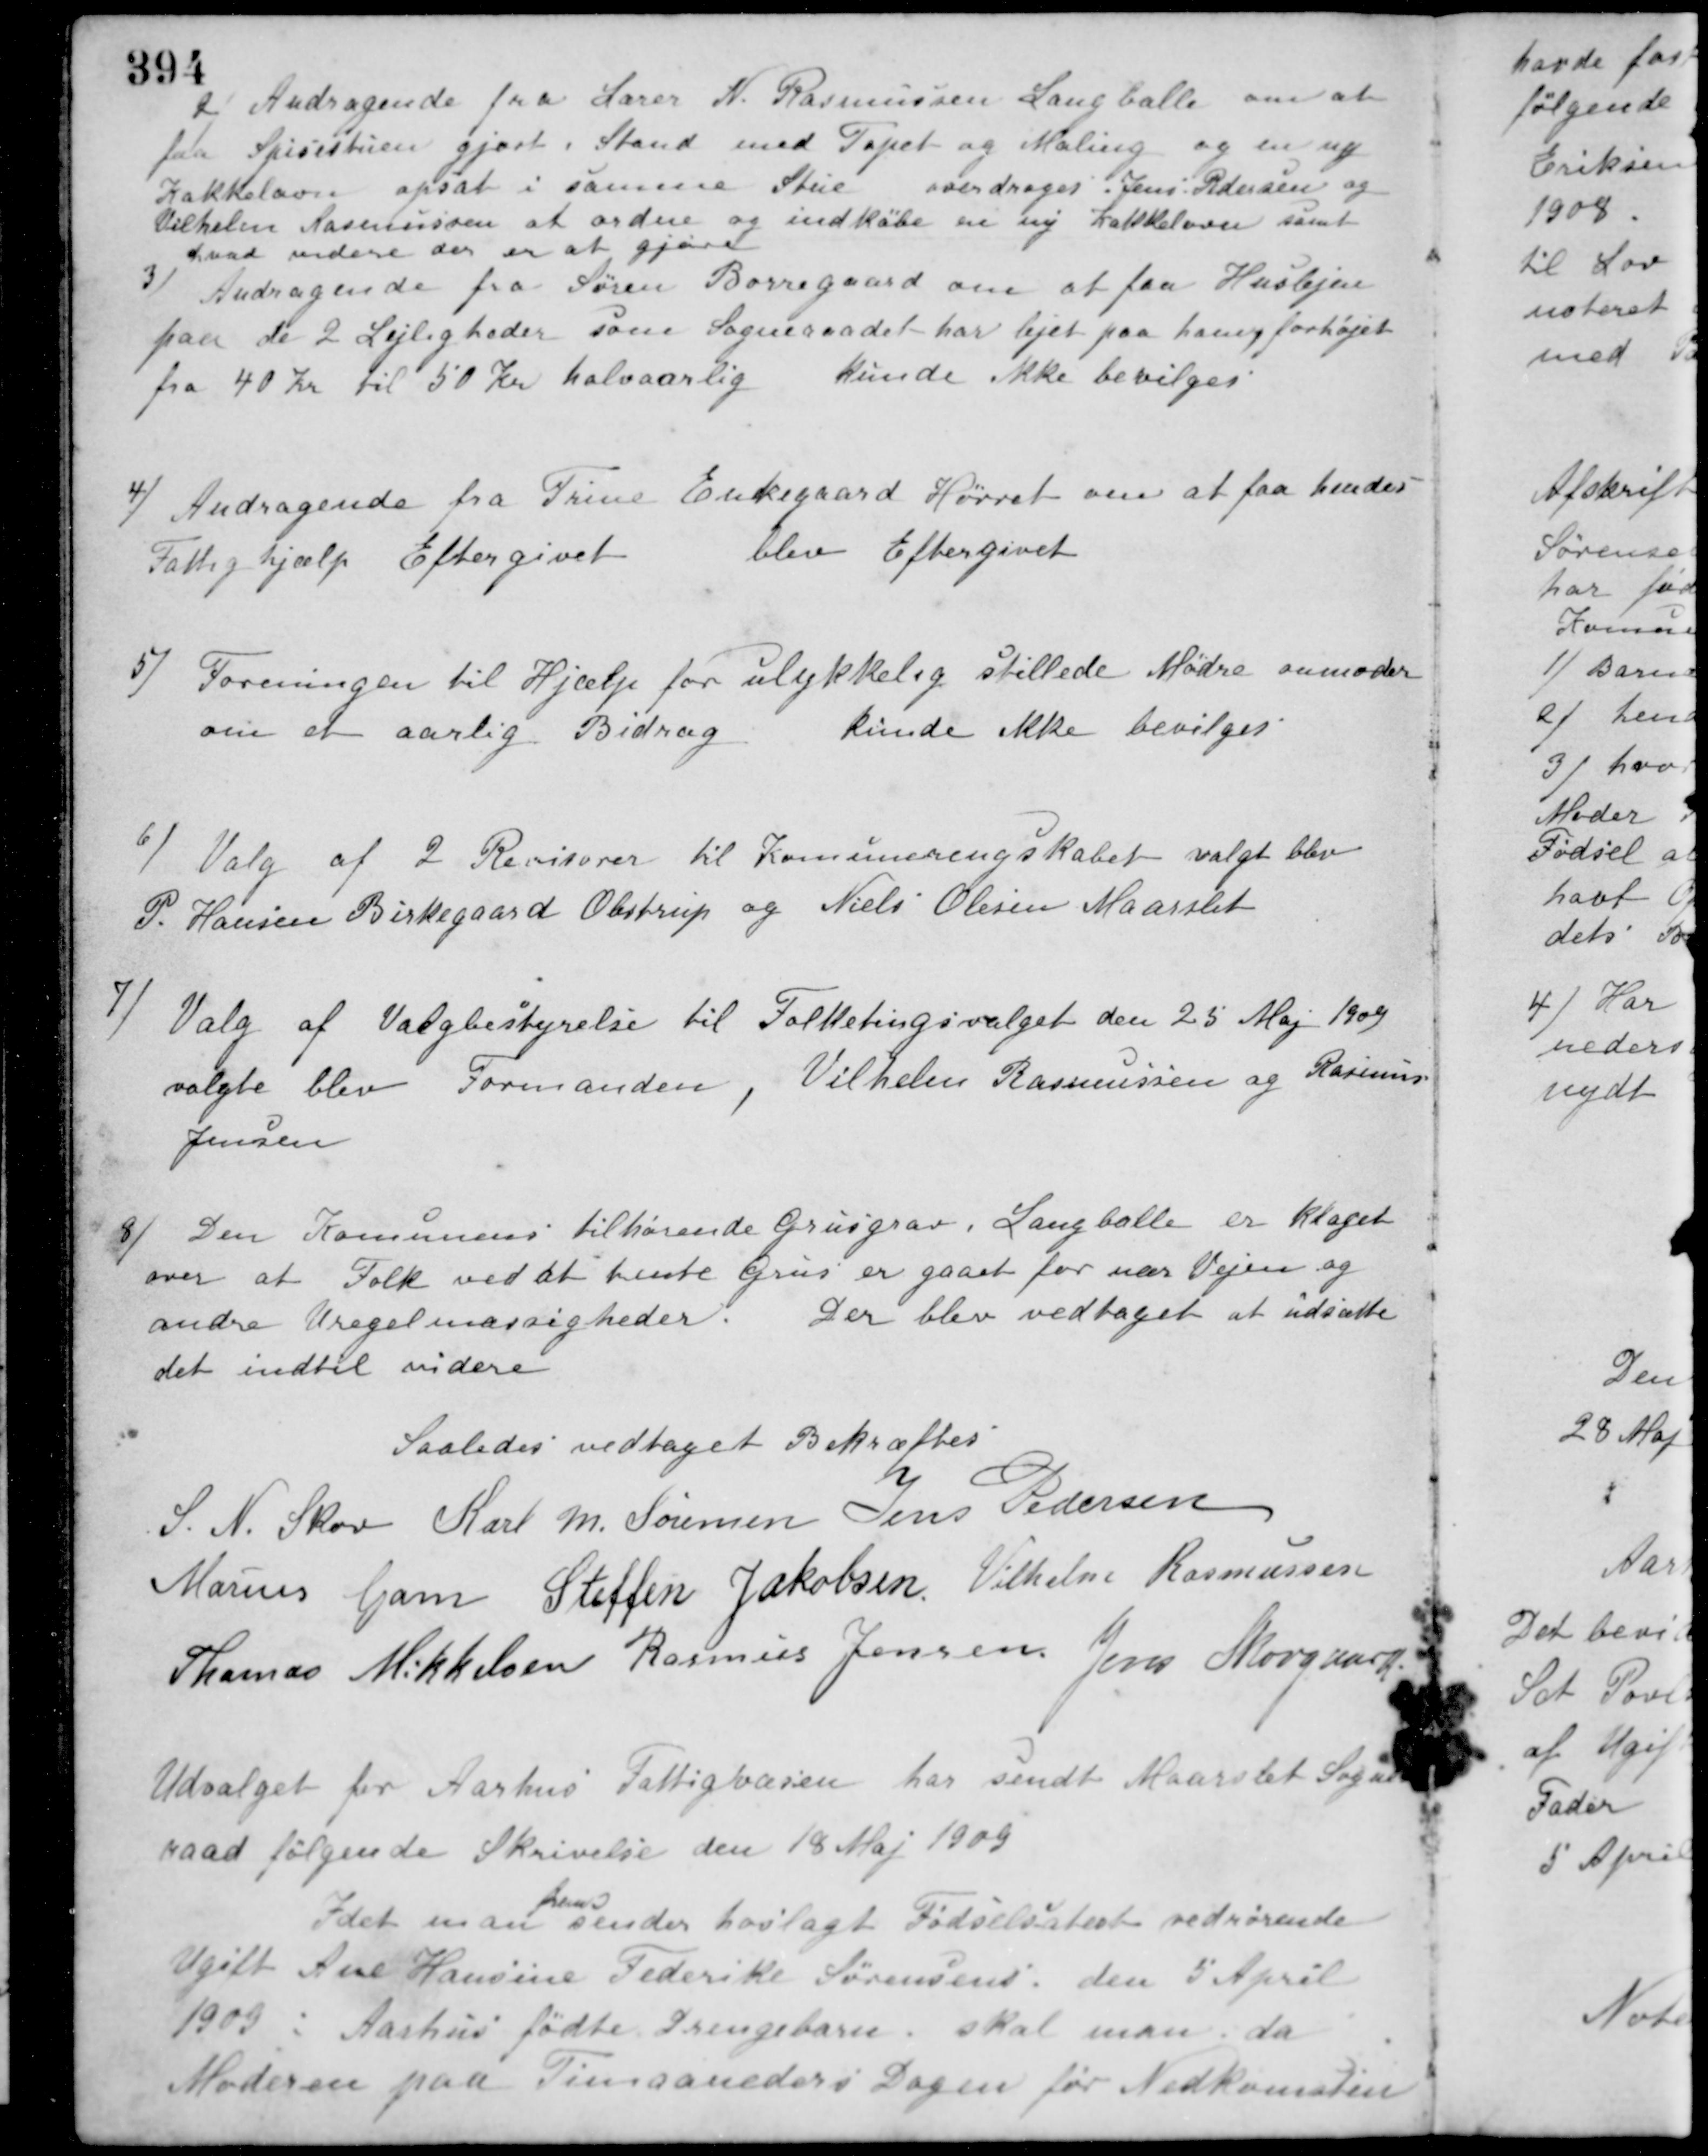
Transskription:
2) Andragende fra Lærer N. Rasmussen Langballe om at
faa Spisestuen gjort i Stand med Tapet og Maling og en ny
Kakkelovn opsat i samme Stue overdroges Jens Pedersen og
Vilhelm Rasmussen at ordne og indkøbe en ny Kakkelovn samt
hvad videre der er at gjøre.
3) Andragende fra Søren Borregaard om at faa Huslejen
paa de 2 Lejligheder som Sogneraadet har lejet paa ham forhøjet
fra 40 Kr. til 50 Kr. halvaarlig
kunde ikke bevilges.
4) Andragende fra Trine Enkegaard Hørret om at faa hendes
Fattighjælp Eftergivet
blev Eftergivet
5) Foreningen til Hjælp for ulykkelig stillede Mødre anmoder
om et aarlig Bidrag
kunde ikke bevilges
6) Valg af 2 Revisorer til Komunerengskabet valgt blev
P. Hansen Birkegaard Obstrup og Niels Olesen Maarslet
7) Valg af Valgbestyrelse til Folketingsvalget den 25 Maj 1909
valgte blev Formanden, Vilhelm Rasmussen og Rasmus
Jensen
8) Den Komunens tilhørende Grusgrav i Langballe er klaget
over at Folk ved at hente Grus er gaaet for nær Vejen og
andre Uregelmæssigheder. Der blev vedtaget at udsætte
det indtil videre
Saaledes vedtaget Bekræftes
S. N. Skov Karl M. Sørensen Jens Pedersen
Marius Gam Steffen Jakobsen Vilhelm Rasmussen
Thomas Mikkelsen Rasmus Jensen Jens Skovgaard
Udvalget for Aarhus Fattigvæsen har sendt Maarslet Sogne-
raad følgende Skrivelse den 18 Maj 1909
Idet man
frem-
sender hoslagt Fødselsatest vedrørende
Ugift Ane Hansine Federik Sørensens den 5 April
1903 i Aarhus fødte Drengebarn, skal man, da
Moderen paa Timaaneders Dagen før Nedkomsten